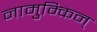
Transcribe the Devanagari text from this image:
नामुम्किन्